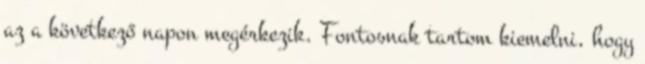
az a következő napon megérkezik. Fontosnak tartom kiemelni, hogy